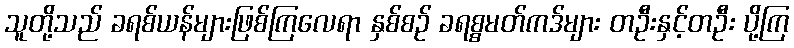
သူတို့သည် ခရစ်ယန်များဖြစ်ကြလေရာ နှစ်စဉ် ခရစ္စမတ်ကဒ်များ တဦးနှင့်တဦး ပို့ကြ